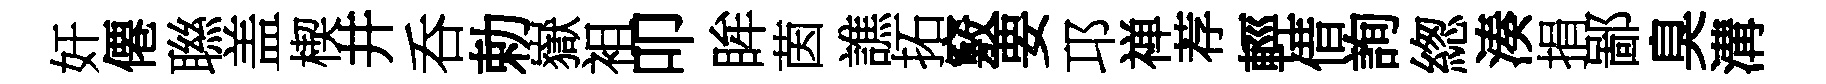
奸僊聮盖楔井呑勅嶽袓叩眸茵譙拓竅要邛禅荐輕借詢緫湊捐鄙臭溝